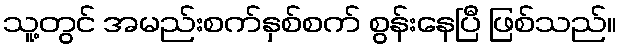
သူ့တွင် အမည်းစက်နှစ်စက် စွန်းနေပြီ ဖြစ်သည်။